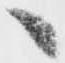
へ